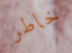
خاطر